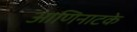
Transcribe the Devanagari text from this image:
आणिनाटके